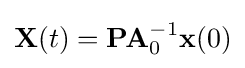
\mathbf {X} (t)=\mathbf {P} \mathbf {A} _{0}^{-1}\mathbf {x} (0)